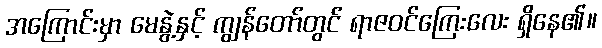
အကြောင်းမှာ မေနွဲ့နှင့် ကျွန်တော်တွင် ရာဇဝင်ကြေးလေး ရှိနေ၏။